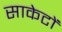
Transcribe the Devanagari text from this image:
साकेटों